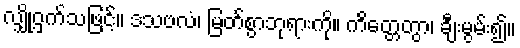
လျှို့ဝှက်သဖြင့်။ ဒသဗလံ၊ မြတ်စွာဘုရားကို။ ကိတ္တေတွာ၊ ချီးမွမ်း၍။